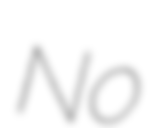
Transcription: No